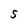
Character: S